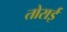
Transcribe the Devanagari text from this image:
तोराई